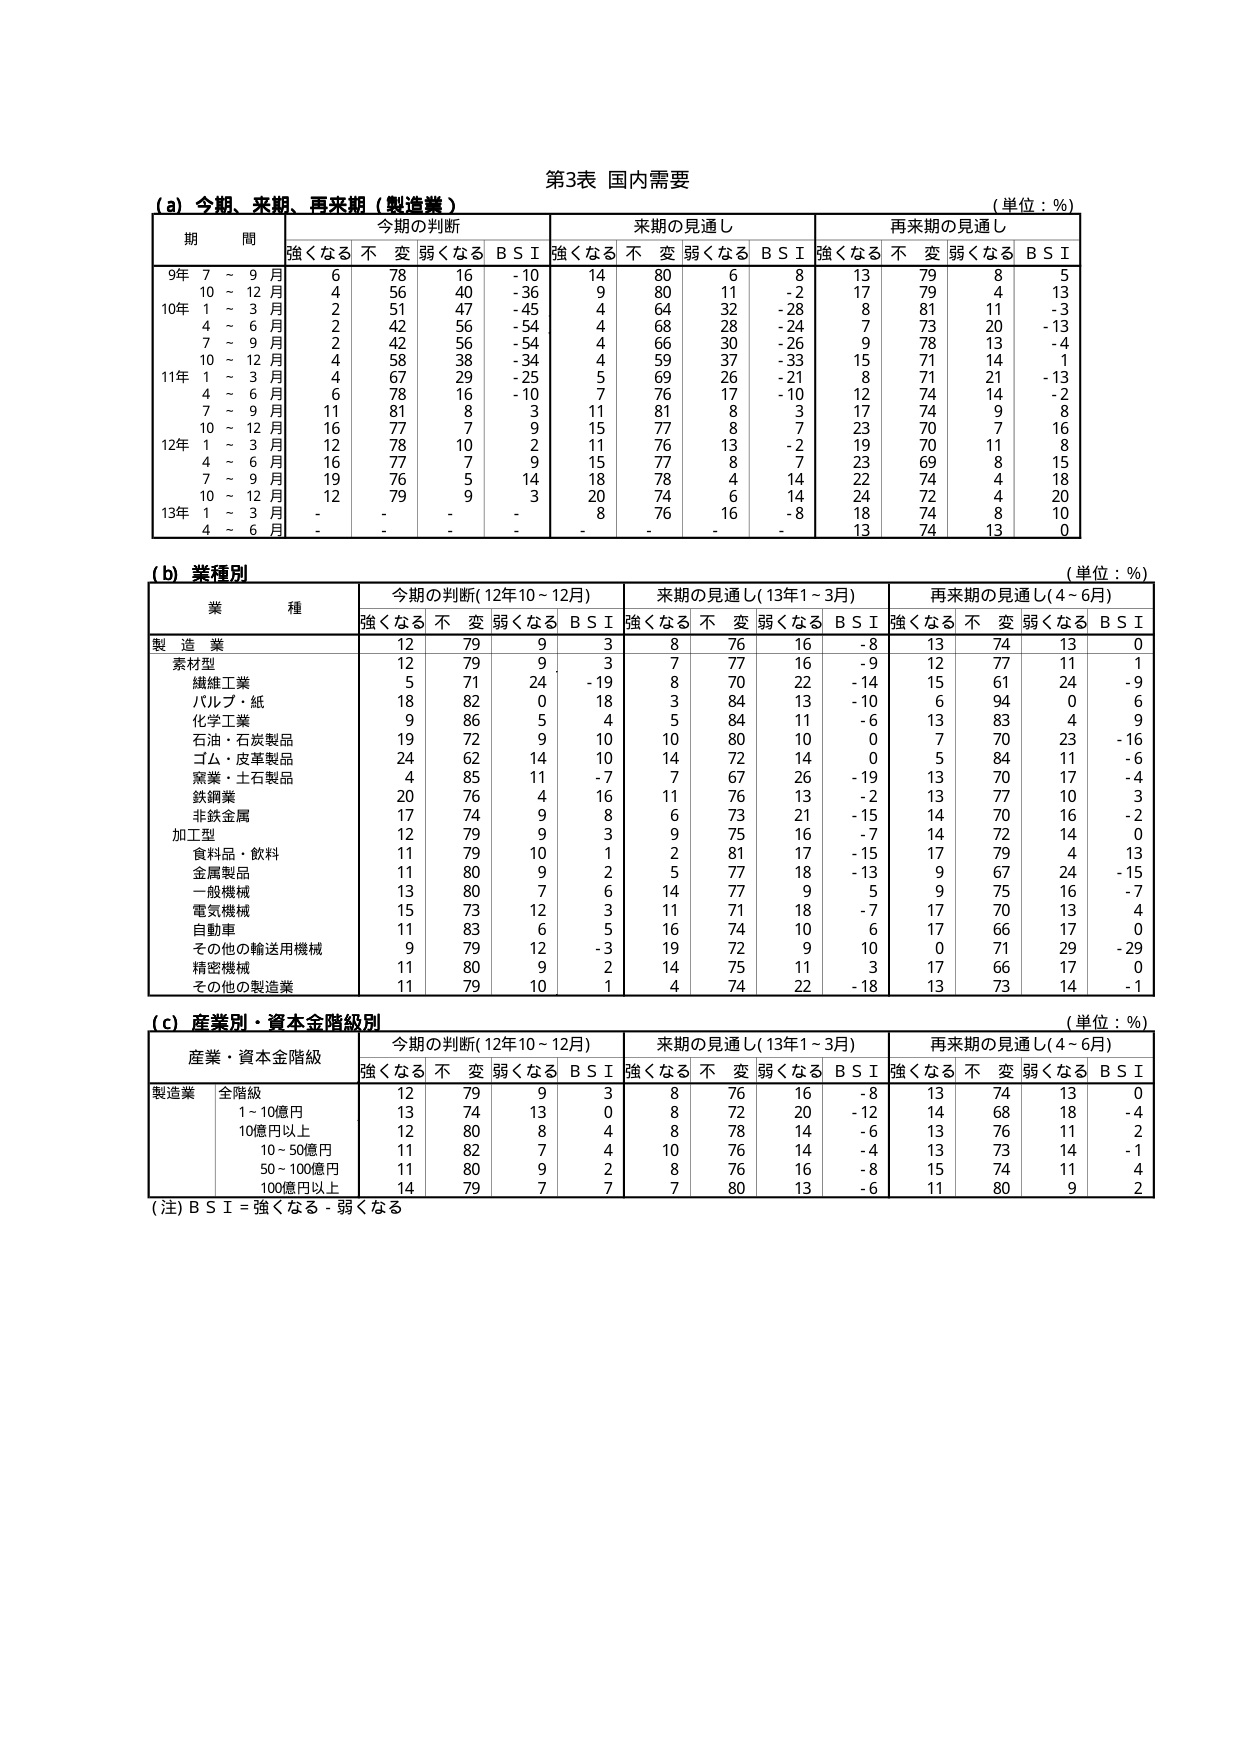
第3表 国内需要
(単位：％)

(a) 今期、来期、再来期（製造業）
期 間 今期の判断 来期の見通し 再来期の見通し
強くなる 不変 弱くなる B S I 強くなる 不変 弱くなる B S I 強くなる 不変 弱くなる B S I
9年 7～9月 6 78 16 -10 14 80 6 8 13 79 8 5
10～12月 4 56 40 -36 9 80 11 -2 17 79 4 13
10年 1～3月 2 51 47 -45 4 64 32 -28 8 81 11 -3
4～6月 2 42 56 -54 4 68 28 -24 7 73 20 -13
7～9月 2 42 56 -54 4 66 30 -26 9 78 13 -4
10～12月 4 58 38 -34 4 59 37 -33 15 71 14 1
11年 1～3月 4 67 29 -25 5 69 26 -21 8 71 21 -13
4～6月 6 78 16 -10 7 76 17 -10 12 74 14 -2
7～9月 11 81 8 3 11 81 8 3 17 74 9 8
10～12月 16 77 7 9 15 77 8 7 23 70 7 16
12年 1～3月 12 78 10 2 11 76 13 -2 19 70 11 8
4～6月 16 77 7 9 15 77 8 7 23 69 8 15
7～9月 19 76 5 14 18 78 4 14 22 74 4 18
10～12月 12 79 9 3 20 74 6 14 24 72 4 20
13年 1～3月 - - - - 8 76 16 -8 18 74 8 10
4～6月 - - - - - - - - 13 74 13 0

(b) 業種別
(単位：％)
業 種 今期の判断(12年10～12月) 来期の見通し(13年1～3月) 再来期の見通し(4～6月)
強くなる 不変 弱くなる B S I 強くなる 不変 弱くなる B S I 強くなる 不変 弱くなる B S I
製 造 業 12 79 9 3 8 76 16 -8 13 74 13 0
素材型 12 79 9 3 7 77 16 -9 12 77 11 1
繊維工業 5 71 24 -19 8 70 22 -14 15 61 24 -9
パルプ・紙 18 82 0 18 3 84 13 -10 6 94 0 6
化学工業 9 86 5 4 5 84 11 -6 13 83 4 9
石油・石炭製品 19 72 9 10 10 80 10 0 7 70 23 -16
ゴム・皮革製品 24 62 14 10 14 72 14 0 5 84 11 -6
窯業・土石製品 4 85 11 -7 7 67 26 -19 13 70 17 -4
鉄鋼業 20 76 4 16 11 76 13 -2 13 77 10 3
非鉄金属 17 74 9 8 6 73 21 -15 14 70 16 -2
加工型 12 79 9 3 9 75 16 -7 14 72 14 0
食料品・飲料 11 79 10 1 2 81 17 -15 17 79 4 13
金属製品 11 80 9 2 5 77 18 -13 9 67 24 -15
一般機械 13 80 7 6 14 77 9 5 9 75 16 -7
電気機械 15 73 12 3 11 71 18 -7 17 70 13 4
自動車 11 83 6 5 16 74 10 6 17 66 17 0
その他の輸送用機械 9 79 12 -3 19 72 9 10 0 71 29 -29
精密機械 11 80 9 2 14 75 11 3 17 66 17 0
その他の製造業 11 79 10 1 4 74 22 -18 13 73 14 -1

(c) 産業別・資本金階級別
(単位：％)
産業・資本金階級 今期の判断(12年10～12月) 来期の見通し(13年1～3月) 再来期の見通し(4～6月)
強くなる 不変 弱くなる B S I 強くなる 不変 弱くなる B S I 強くなる 不変 弱くなる B S I
製造業 全階級 12 79 9 3 8 76 16 -8 13 74 13 0
1～10億円 13 74 13 0 8 72 20 -12 14 68 18 -4
10億円以上 12 80 8 4 8 78 14 -6 13 76 11 2
10～50億円 11 82 7 4 10 76 14 -4 13 73 14 -1
50～100億円 11 80 9 2 8 76 16 -8 15 74 11 4
100億円以上 14 79 7 7 7 80 13 -6 11 80 9 2

(注) B S I = 強くなる - 弱くなる